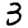
Digit: 3